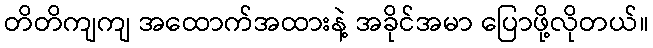
တိတိကျကျ အထောက်အထားနဲ့ အခိုင်အမာ ပြောဖို့လိုတယ်။